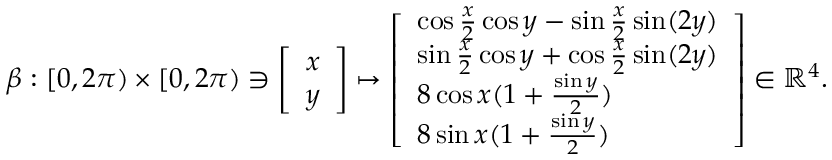
\begin{array} { r } { \beta : [ 0 , 2 \pi ) \times [ 0 , 2 \pi ) \ni \left[ \begin{array} { l } { x } \\ { y } \end{array} \right] \mapsto \left[ \begin{array} { l } { \cos \frac { x } { 2 } \cos y - \sin \frac { x } { 2 } \sin ( 2 y ) } \\ { \sin \frac { x } { 2 } \cos y + \cos \frac { x } { 2 } \sin ( 2 y ) } \\ { 8 \cos x ( 1 + \frac { \sin y } { 2 } ) } \\ { 8 \sin x ( 1 + \frac { \sin y } { 2 } ) } \end{array} \right] \in \mathbb { R } ^ { 4 } . } \end{array}